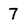
Character: 7